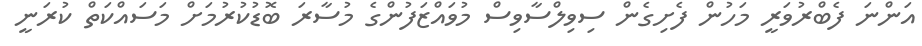
އަންނަ ފެބްރުވަރީ މަހުން ފެށިގެން ސިވިލްސާވިސް މުވައްޒަފުންގެ މުސާރަ ބޮޑުކުރުމަށް މަސައްކަތް ކުރަނީ